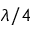
\lambda / 4